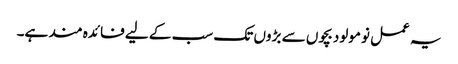
یہ عمل نومولود بچوں سے بڑوں تک سب کے لیے فائدہ مند ہے۔